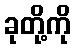
ခုတို့ကို